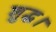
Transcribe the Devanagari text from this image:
शुद्ध।